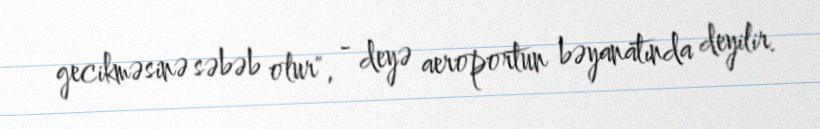
gecikməsinə səbəb olur", - deyə aeroportun bəyanatında deyilir.